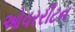
ઓવરરીટન